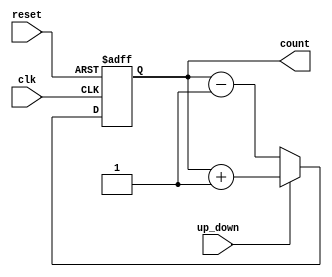
module gray_counter (
    input wire clk,       // Clock input
    input wire reset,     // Reset input
    input wire up_down,   // Up/Down control signal
    output reg [3:0] count // Gray code output
);

reg [3:0] next_count;

always @(posedge clk or posedge reset) begin
    if (reset) begin
        count <= 4'b0000;
    end else begin
        // Increment or decrement the counter based on the control signal
        if (up_down) begin
            next_count = count + 1;
        end else begin
            next_count = count - 1;
        end

        // Gray code conversion
        next_count[0] <= next_count[0] ^ next_count[1];
        next_count[1] <= next_count[1] ^ next_count[2];
        next_count[2] <= next_count[2] ^ next_count[3];
        next_count[3] <= next_count[3];

        count <= next_count;
    end
end

endmodule